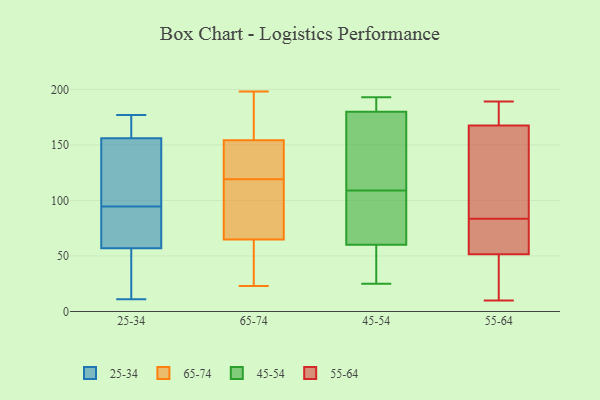
{"axis": {"x": "Satisfaction Score", "y": "Value"}, "legend": ["25-34", "45-54", "55-64", "65-74"], "data": [{"x": "", "y": 92, "type": "25-34"}, {"x": "", "y": 97, "type": "25-34"}, {"x": "", "y": 177, "type": "25-34"}, {"x": "", "y": 101, "type": "25-34"}, {"x": "", "y": 72, "type": "25-34"}, {"x": "", "y": 43, "type": "25-34"}, {"x": "", "y": 160, "type": "25-34"}, {"x": "", "y": 156, "type": "25-34"}, {"x": "", "y": 11, "type": "25-34"}, {"x": "", "y": 57, "type": "25-34"}, {"x": "", "y": 178, "type": "65-74"}, {"x": "", "y": 155, "type": "65-74"}, {"x": "", "y": 141, "type": "65-74"}, {"x": "", "y": 198, "type": "65-74"}, {"x": "", "y": 119, "type": "65-74"}, {"x": "", "y": 107, "type": "65-74"}, {"x": "", "y": 33, "type": "65-74"}, {"x": "", "y": 58, "type": "65-74"}, {"x": "", "y": 108, "type": "65-74"}, {"x": "", "y": 168, "type": "65-74"}, {"x": "", "y": 192, "type": "65-74"}, {"x": "", "y": 51, "type": "65-74"}, {"x": "", "y": 28, "type": "65-74"}, {"x": "", "y": 136, "type": "65-74"}, {"x": "", "y": 131, "type": "65-74"}, {"x": "", "y": 152, "type": "65-74"}, {"x": "", "y": 23, "type": "65-74"}, {"x": "", "y": 102, "type": "65-74"}, {"x": "", "y": 85, "type": "65-74"}, {"x": "", "y": 63, "type": "45-54"}, {"x": "", "y": 179, "type": "45-54"}, {"x": "", "y": 180, "type": "45-54"}, {"x": "", "y": 104, "type": "45-54"}, {"x": "", "y": 191, "type": "45-54"}, {"x": "", "y": 73, "type": "45-54"}, {"x": "", "y": 193, "type": "45-54"}, {"x": "", "y": 47, "type": "45-54"}, {"x": "", "y": 193, "type": "45-54"}, {"x": "", "y": 109, "type": "45-54"}, {"x": "", "y": 36, "type": "45-54"}, {"x": "", "y": 59, "type": "45-54"}, {"x": "", "y": 25, "type": "45-54"}, {"x": "", "y": 145, "type": "45-54"}, {"x": "", "y": 167, "type": "45-54"}, {"x": "", "y": 32, "type": "55-64"}, {"x": "", "y": 158, "type": "55-64"}, {"x": "", "y": 178, "type": "55-64"}, {"x": "", "y": 49, "type": "55-64"}, {"x": "", "y": 189, "type": "55-64"}, {"x": "", "y": 175, "type": "55-64"}, {"x": "", "y": 21, "type": "55-64"}, {"x": "", "y": 70, "type": "55-64"}, {"x": "", "y": 110, "type": "55-64"}, {"x": "", "y": 36, "type": "55-64"}, {"x": "", "y": 187, "type": "55-64"}, {"x": "", "y": 160, "type": "55-64"}, {"x": "", "y": 113, "type": "55-64"}, {"x": "", "y": 61, "type": "55-64"}, {"x": "", "y": 82, "type": "55-64"}, {"x": "", "y": 181, "type": "55-64"}, {"x": "", "y": 10, "type": "55-64"}, {"x": "", "y": 83, "type": "55-64"}, {"x": "", "y": 84, "type": "55-64"}, {"x": "", "y": 54, "type": "55-64"}]}